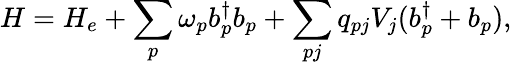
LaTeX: {H}={H_{e}}+\sum_{p}\omega_{p}b_{p}^{\dagger}b_{p}+\sum_{pj}q_{pj}V_{j}(b_{p}^{\dagger}+b_{p}),